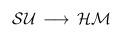
LaTeX: \begin{align*}{\cal SU} \, \longrightarrow \, {\cal HM}\end{align*}